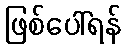
ဖြစ်ပေါ်ရန်